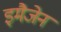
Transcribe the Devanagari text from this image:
इमैजेन